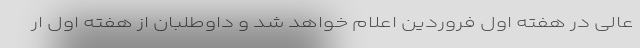
عالی در هفته اول فروردین اعلام خواهد شد و داوطلبان از هفته اول ار